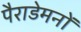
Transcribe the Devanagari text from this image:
पैराडेमनों